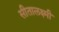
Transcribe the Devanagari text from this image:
सीतालक्ष्मी